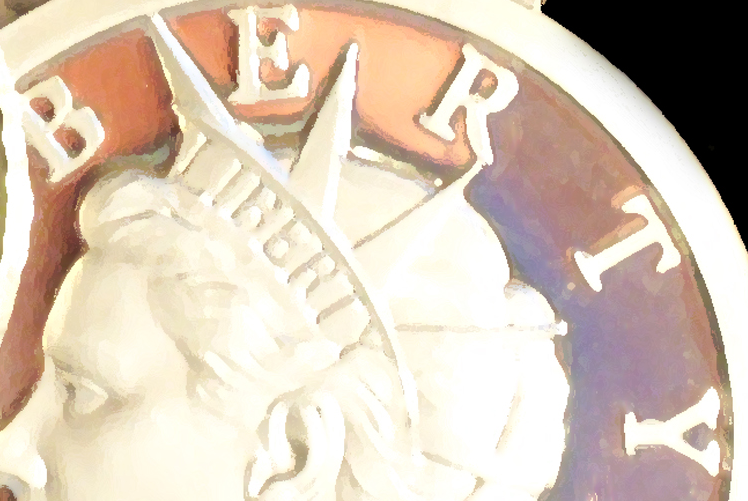
BERTY